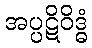
အပ္ပဋိဝိဒ္ဓံ